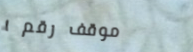
موقف رقم ١